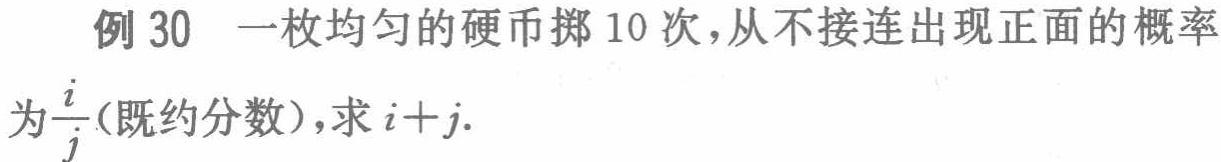
例 30 一枚均匀的硬币掷 10 次，从不接连出现正面的概率为$\frac{i}{j}$(既约分数)，求$i + j$.